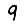
Digit: 9